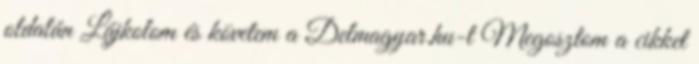
oldalán Lájkolom és követem a Delmagyar.hu-t Megosztom a cikket